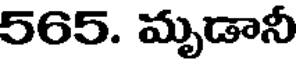
565. మృడానీ